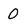
Character: 0